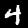
Digit: 4